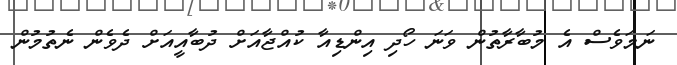
ނަމަވެސް އެ މުބާރާތުން ވަނަ ހޯދި އިންޑިއާ ކުއްޖާއަށް ދުބާއީއަށް ދެވެން ނެތުމުން